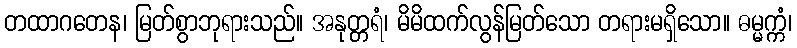
တထာဂတေန၊ မြတ်စွာဘုရားသည်။ အနုတ္တရံ၊ မိမိထက်လွန်မြတ်သော တရားမရှိသော။ ဓမ္မက္ကံ၊